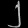
Digit: ၂